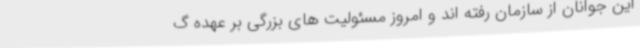
این جوانان از سازمان رفته اند و امروز مسئولیت های بزرگی بر عهده گ